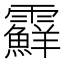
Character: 𩆵